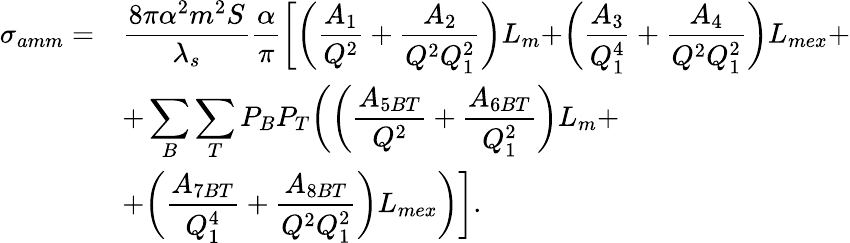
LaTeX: \begin{array}{ll}{{\displaystyle\sigma_{amm}=}}&{{\displaystyle\frac{8\pi\alpha^{2}m^{2}S}{\lambda_{s}}\frac{\alpha}{\pi}\biggr[\biggr(\frac{A_{1}}{Q^{2}}+\frac{A_{2}}{Q^{2}Q_{1}^{2}}\biggl)L_{m}+\biggr(\frac{A_{3}}{Q_{1}^{4}}+\frac{A_{4}}{Q^{2}Q_{1}^{2}}\biggl)L_{mex}+}}\\ {{}}&{{\displaystyle+\sum_{B}\sum_{T}P_{B}P_{T}\biggr(\biggr(\frac{A_{5BT}}{Q^{2}}+\frac{A_{6BT}}{Q_{1}^{2}}\biggl)L_{m}+}}\\ {{}}&{{\displaystyle+\biggr(\frac{A_{7BT}}{Q_{1}^{4}}+\frac{A_{8BT}}{Q^{2}Q_{1}^{2}}\biggl)L_{mex}\biggl)\biggl].}}\end{array}